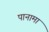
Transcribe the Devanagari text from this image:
पानामा